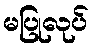
မပြုလုပ်